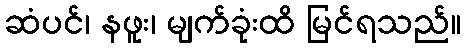
ဆံပင်၊ နဖူး၊ မျက်ခုံးထိ မြင်ရသည်။